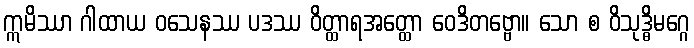
ဣမိဿာ ဂါထာယ ဝသေနဿ ပဒဿ ဝိတ္ထာရအတ္ထော ဝေဒိတဗ္ဗော။ သော စ ဝိသုဒ္ဓိမဂ္ဂေ